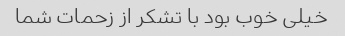
خیلی خوب بود با تشکر از زحمات شما